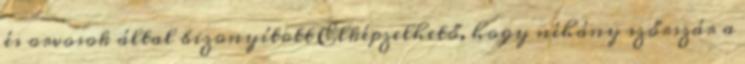
és orvosok által bizonyított Elképzelhető, hogy néhány szőrszár a